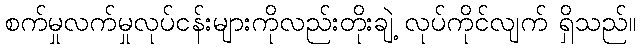
စက်မှုလက်မှုလုပ်ငန်းများကိုလည်းတိုးချဲ့ လုပ်ကိုင်လျက် ရှိသည်။